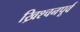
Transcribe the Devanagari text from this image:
ख्रिश्चनपूर्व